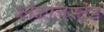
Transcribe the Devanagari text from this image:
ब्लैकलिस्टेड